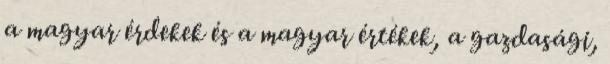
a magyar érdekek és a magyar értékek, a gazdasági,